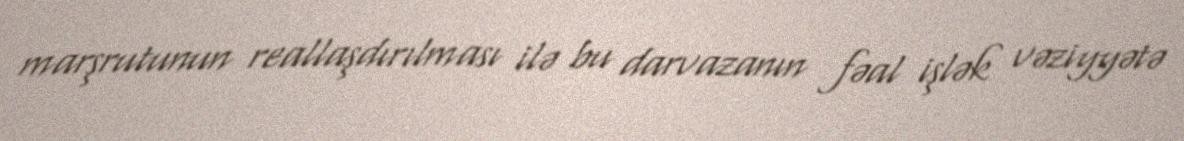
marşrutunun reallaşdırılması ilə bu darvazanın fəal işlək vəziyyətə